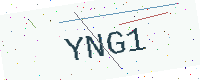
Text: YNG1